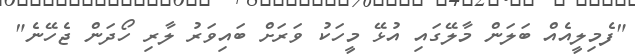
"ފެމިލީއެއް ބަލަން މާލޭގައި އުޅޭ މީހަކު ވަރަށް ބައިވަރު ލާރި ހޯދަން ޖެހޭނެ"